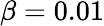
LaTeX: \beta=0.01